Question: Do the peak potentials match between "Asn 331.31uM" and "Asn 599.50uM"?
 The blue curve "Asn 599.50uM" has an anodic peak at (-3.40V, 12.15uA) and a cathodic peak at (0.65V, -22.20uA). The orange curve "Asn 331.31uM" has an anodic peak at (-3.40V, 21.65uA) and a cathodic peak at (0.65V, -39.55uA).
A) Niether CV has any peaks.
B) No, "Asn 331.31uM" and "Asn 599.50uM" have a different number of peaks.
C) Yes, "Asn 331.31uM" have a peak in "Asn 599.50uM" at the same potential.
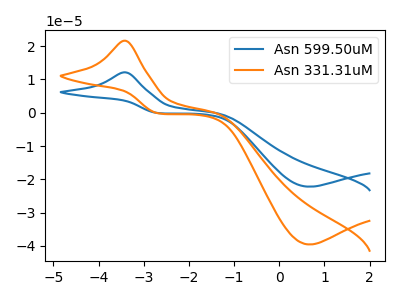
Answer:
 <answer>C) Yes, "Asn 331.31uM" have a peak in "Asn 599.50uM" at the same potential.</answer>
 <eval>C</eval>